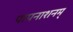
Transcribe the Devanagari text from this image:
पापनाशनम्